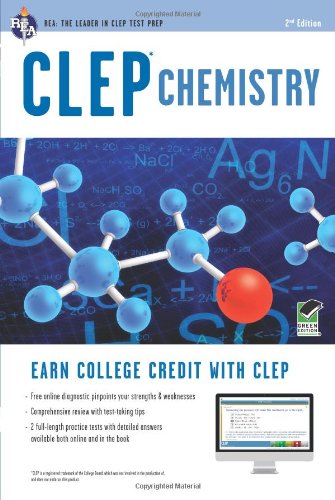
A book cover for CLEPÂ® Chemistry Book + Online (CLEP Test Preparation); Kevin R. Reel; Test Preparation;